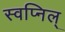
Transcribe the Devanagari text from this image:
स्वप्निल्